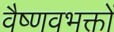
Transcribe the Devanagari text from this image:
वैष्णवभक्तों